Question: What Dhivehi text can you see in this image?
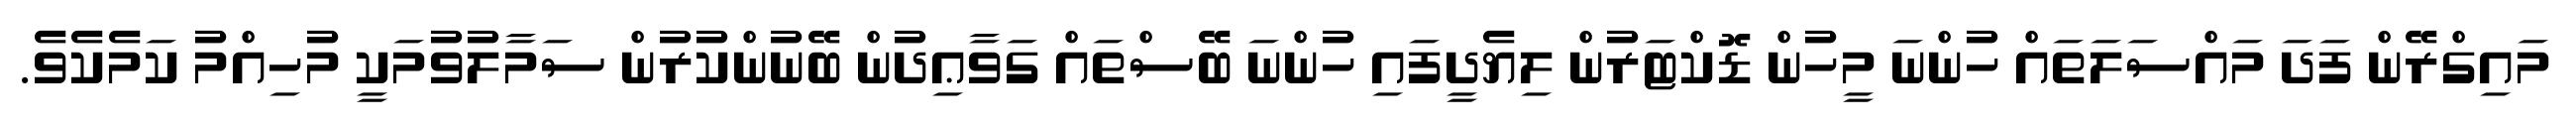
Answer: މައިގްރޭން ފަދަ މައްސަލަތައް ހުންނަ މީހުން ޑޮކްޓަރުން ލިޔެދީފައި ހުންނަ ބޭސްތައް ގަވާޢިދުން ބޭނުންކުރުން ސަމާލުވުމަކީ މުހިއްމު ކަމެކެވެ.